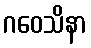
ဂဝေသိနာ